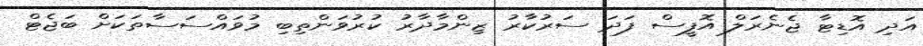
އަދި އޮޑިޓާ ޖެނެރަލް އޮފީސް ފަދަ ސަރުކާރު ޒިންމާދާރު ކުރުވަންތިބި މުވައްސަސާތަކަށް ބަޖެޓް